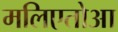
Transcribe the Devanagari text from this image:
मलिएतोआ